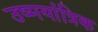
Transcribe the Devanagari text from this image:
उष्मयांत्रिक